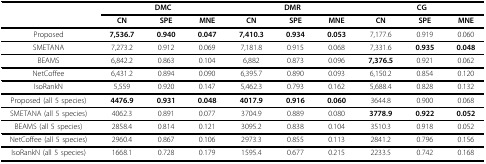
|  | <COLSPAN=3> DMC | <COLSPAN=3> DMR | <COLSPAN=3> CG |
 |  | CN | SPE | MNE | CN | SPE | MNE | CN | SPE | MNE |
 | --- | --- | --- | --- | --- | --- | --- | --- | --- | --- |
 | Proposed | 7,536.7 | 0.940 | 0.047 | 7,410.3 | 0.934 | 0.053 | 7,177.6 | 0.919 | 0.060 |
 | SMETANA | 7,273.2 | 0.912 | 0.069 | 7,181.8 | 0.915 | 0.068 | 7,331.6 | 0.935 | 0.048 |
 | BEAMS | 6,842.2 | 0.863 | 0.104 | 6,882 | 0.873 | 0.096 | 7,376.5 | 0.921 | 0.062 |
 | NetCoffee | 6,431.2 | 0.894 | 0.090 | 6,395.7 | 0.890 | 0.093 | 6,150.2 | 0.854 | 0.120 |
 | IsoRankN | 5,559 | 0.920 | 0.147 | 5,462.3 | 0.793 | 0.162 | 5,688.4 | 0.828 | 0.132 |
 | Proposed (all 5 species) | 4476.9 | 0.931 | 0.048 | 4017.9 | 0.916 | 0.060 | 3644.8 | 0.900 | 0.068 |
 | SMETANA (all 5 species) | 4062.3 | 0.891 | 0.077 | 3704.9 | 0.889 | 0.080 | 3778.9 | 0.922 | 0.052 |
 | BEAMS (all 5 species) | 2858.4 | 0.814 | 0.121 | 3095.2 | 0.838 | 0.104 | 3510.3 | 0.918 | 0.052 |
 | NetCoffee (all 5 species) | 2960.4 | 0.867 | 0.106 | 2973.3 | 0.855 | 0.113 | 2841.2 | 0.796 | 0.156 |
 | IsoRankN (all 5 species) | 1668.1 | 0.728 | 0.179 | 1595.4 | 0.677 | 0.215 | 2233.5 | 0.742 | 0.168 |